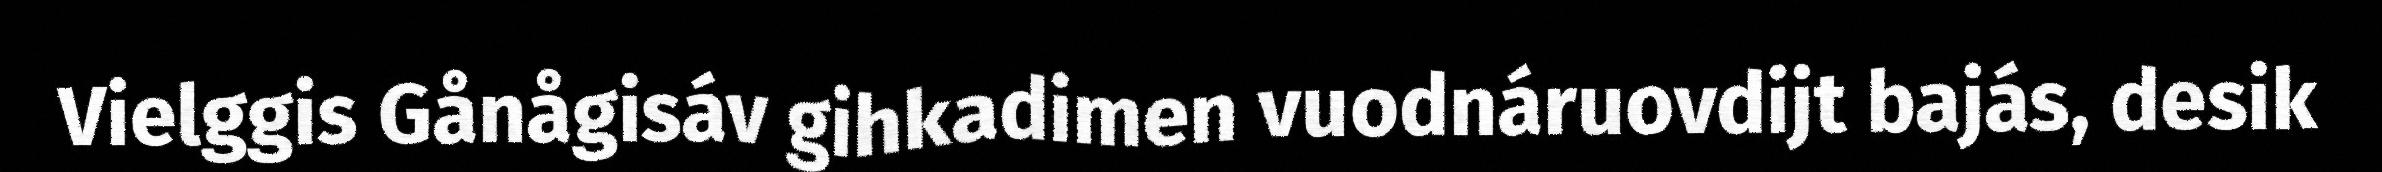
Vielggis Gånågisáv gihkadimen vuodnáruovdijt bajás, desik